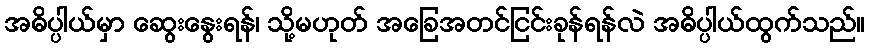
အဓိပ္ပါယ်မှာ ဆွေးနွေးရန်၊ သို့မဟုတ် အခြေအတင်ငြင်းခုန်ရန်လဲ အဓိပ္ပါယ်ထွက်သည်။